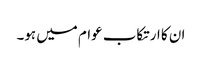
ان کا ارتکاب عوام میں ہو۔